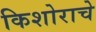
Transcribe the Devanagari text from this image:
किशोराचे